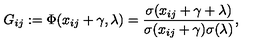
G _ { i j } : = \Phi ( x _ { i j } + \gamma , \lambda ) = \frac { \sigma ( x _ { i j } + \gamma + \lambda ) } { \sigma ( x _ { i j } + \gamma ) \sigma ( \lambda ) } ,